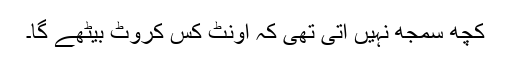
کچھ سمجھ نہیں آتی تھی کہ اونٹ کس کروٹ بیٹھے گا۔